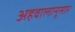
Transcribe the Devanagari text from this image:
अहवालानूसार